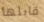
قابلها